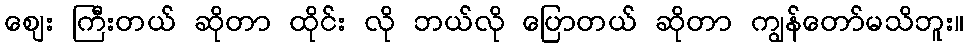
ဈေး ကြီးတယ် ဆိုတာ ထိုင်း လို ဘယ်လို ပြောတယ် ဆိုတာ ကျွန်တော်မသိဘူး။